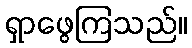
ရှာဖွေကြသည်။